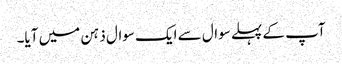
آپ کے پہلے سوال سے ایک سوال ذہن میں آیا۔